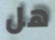
هل